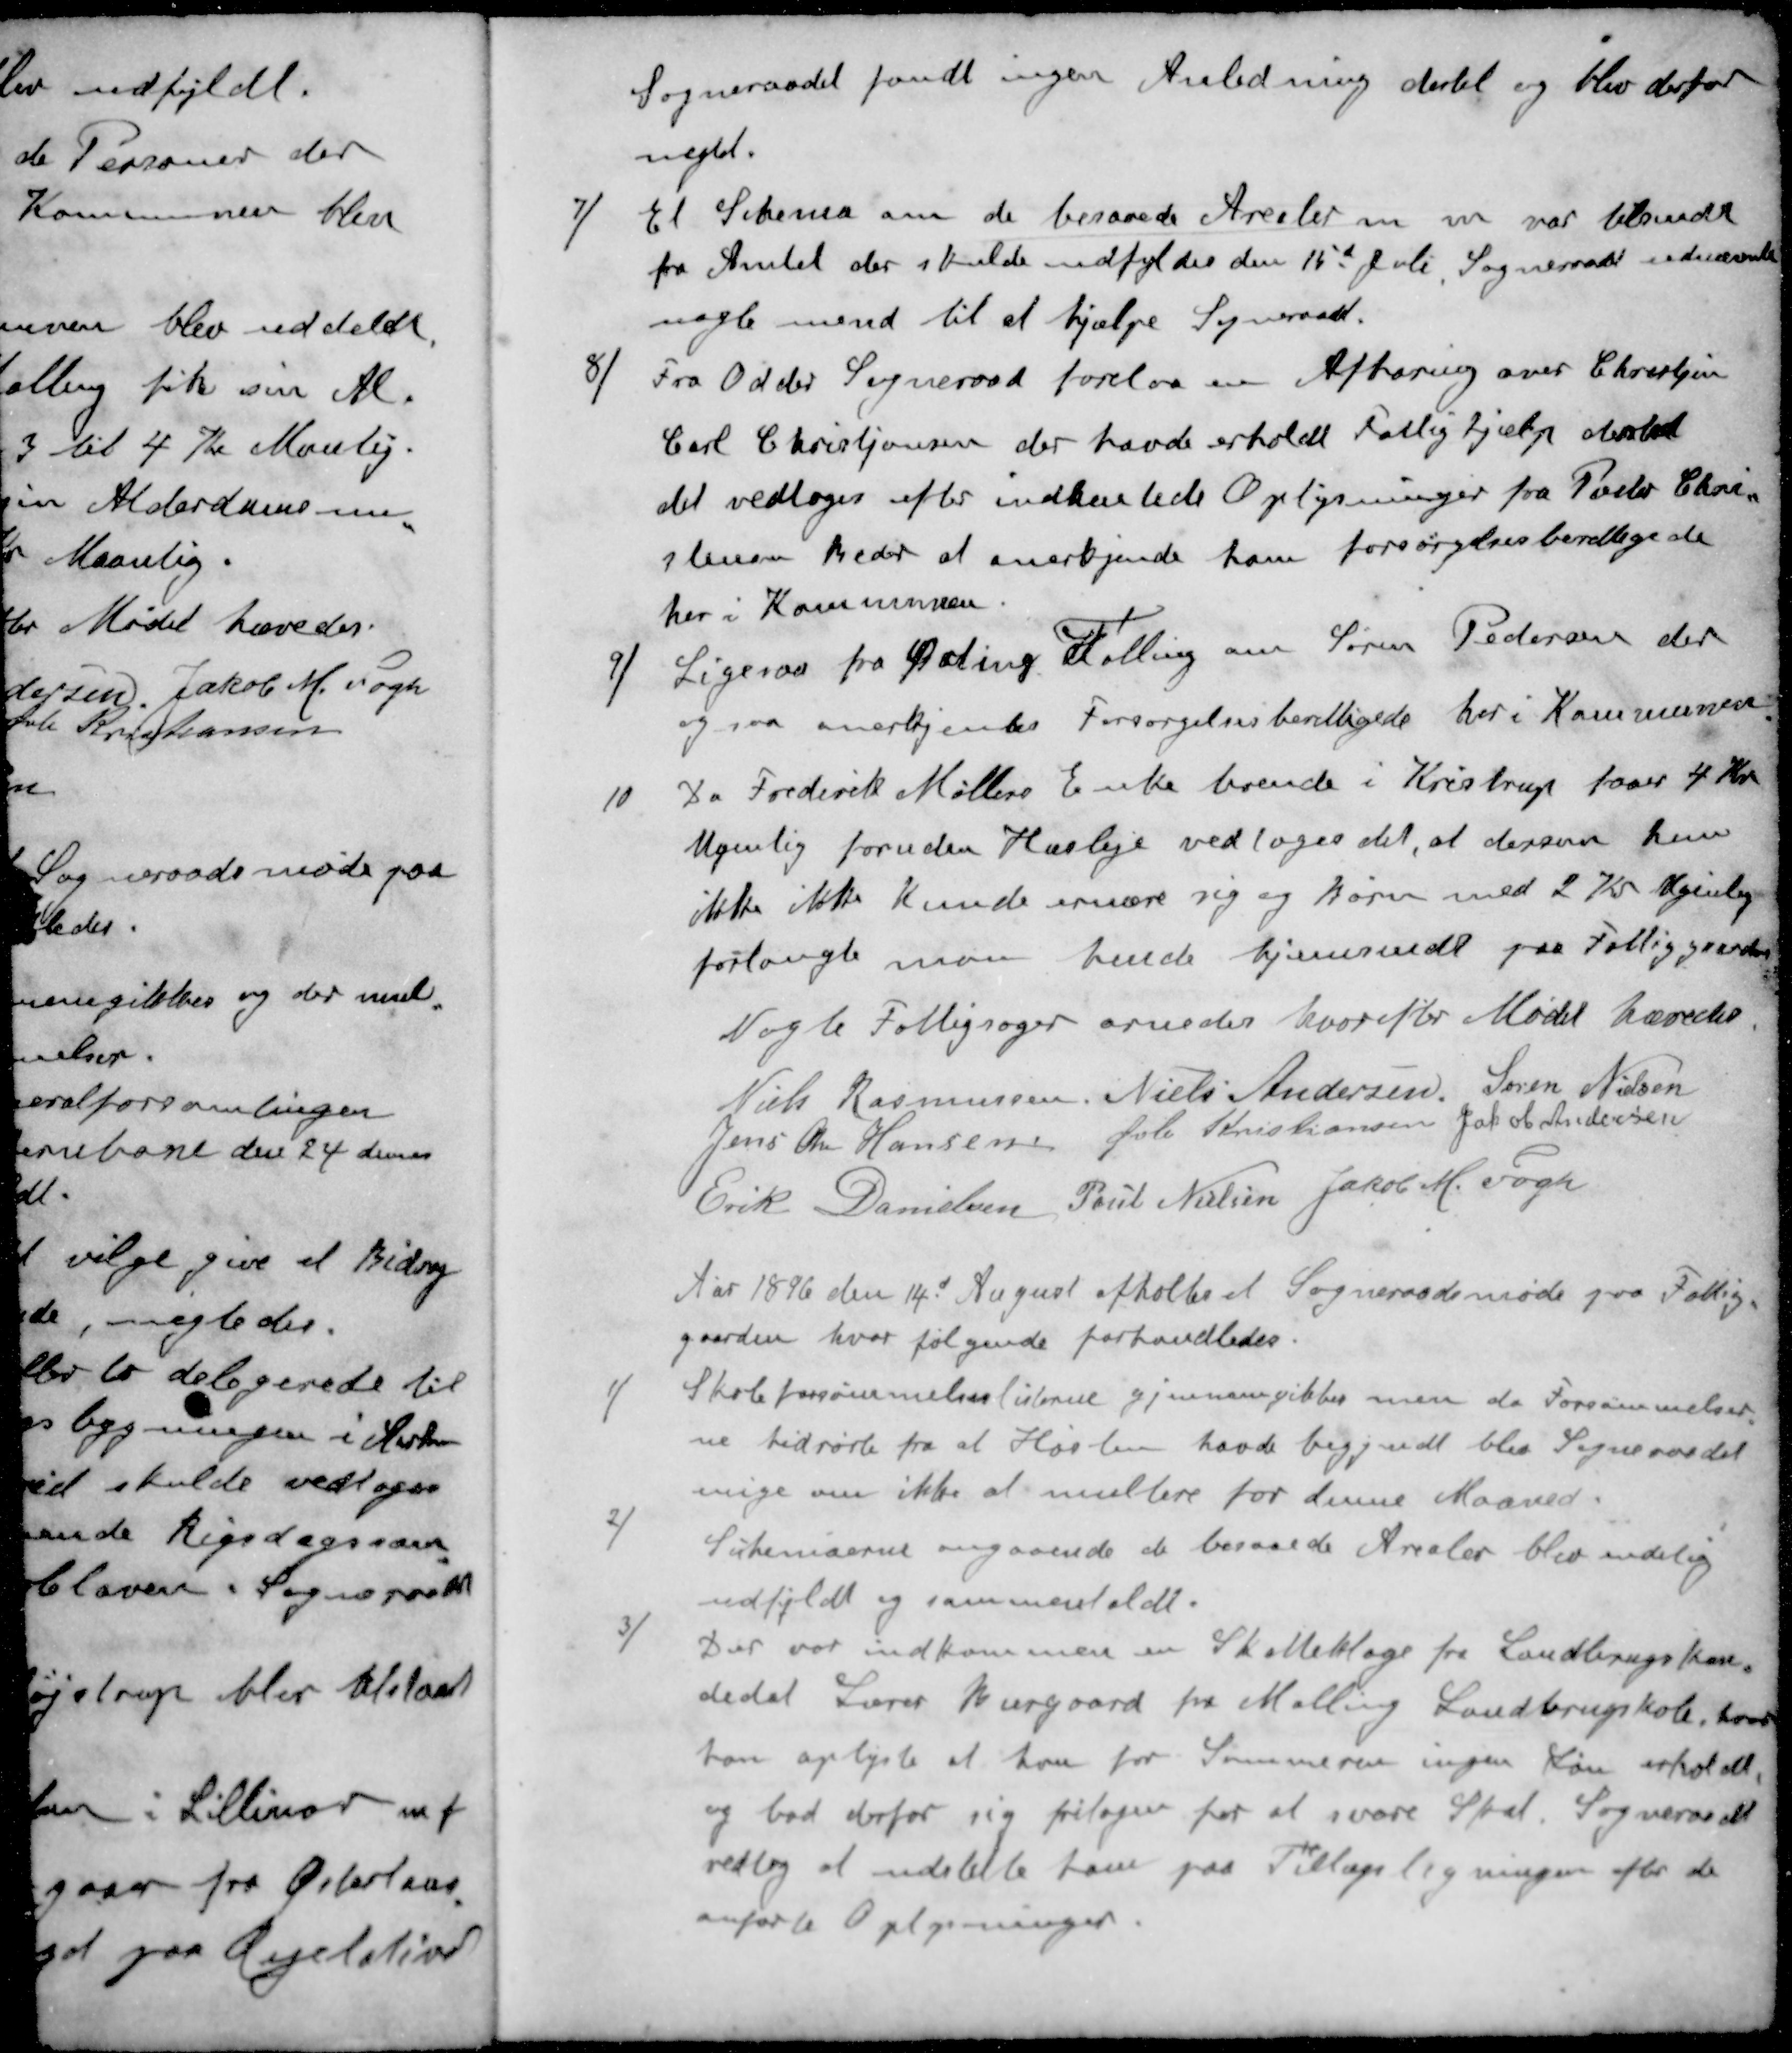
Transskription:
Sogneraadet fandt ingen Anledning dertil og blev der for
negtet.
7 / Et Skema om de besaaede Arealer m m var tilsendt
fra Amtet der skulde udfyldes den 15d Juli. Sogneraadet udnævnte
nogle mænd til at hjælpe Sogneraad.
8 / Fra Odder Sogneraad forelaa en Afhøring over Christjan
Carl Christjansen der havde erholdt Fattighjælp dersted
det vedtoges efter indhentede Oplysninger fra Peder Chri-
stensen Beder at anerkjende ham forsørgelsesberettigede
her i Kommunen.
9 /  Ligesaa fra Ørting Falling om Søren Pedersen der
ogsaa anerkjendes Forsørgelsesberettigede her i Kommunen
10 / Da Frederik Møllers Enke boende i Kristrup faaer 4 Kr.
Ugenlig foruden Husleje vedtoges det, at dersom hun
ikke ikke kunde ernære sig og Barn med 2 Kr Ugenlige
forlangte man hende hjemsendt paa Fattiggaarden
Nogle Fattigsager ornedes hvorefter Mødet hævedes
Niels Rasmussen
Niels Andersen
Søren Nielsen
Jens Chr Hansen
Øvli Kristiansen
Jakob Andersen
Erik Danielsen
Poul Nielsen
Jakob M. Fogh
Aar 1896 den 14d August afholtes et Sogneraadsmøde paa Fattig-
gaarden hvor følgende forhandledes.
1 / Skoleforsømmelseslisterne gjennemgikkes men da Forsømmelser-
ne hidrørte fra at Høsten havde begyndt blev Sogneraadet
enige om ikke at multere for denne Maaned-
2 / Skemaerne angaaende de besaaede Arealer blev endelig
udfyldt og sammenholdt.
3 / Der var indkommen en Skatteklage fra Landbrugskan-
didat Lærer Burgaard fra Malling Landbrugskole, hvor
han oplyste at han for Sommeren ingen Løn erholdt
og bad derfor sig fritages for at svare Skat. Sogneraadet
vedtog at indstille ham paa Tillægsligningen efter de
uførte Oplysninger.